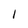
Character: I